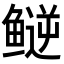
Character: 𬶪